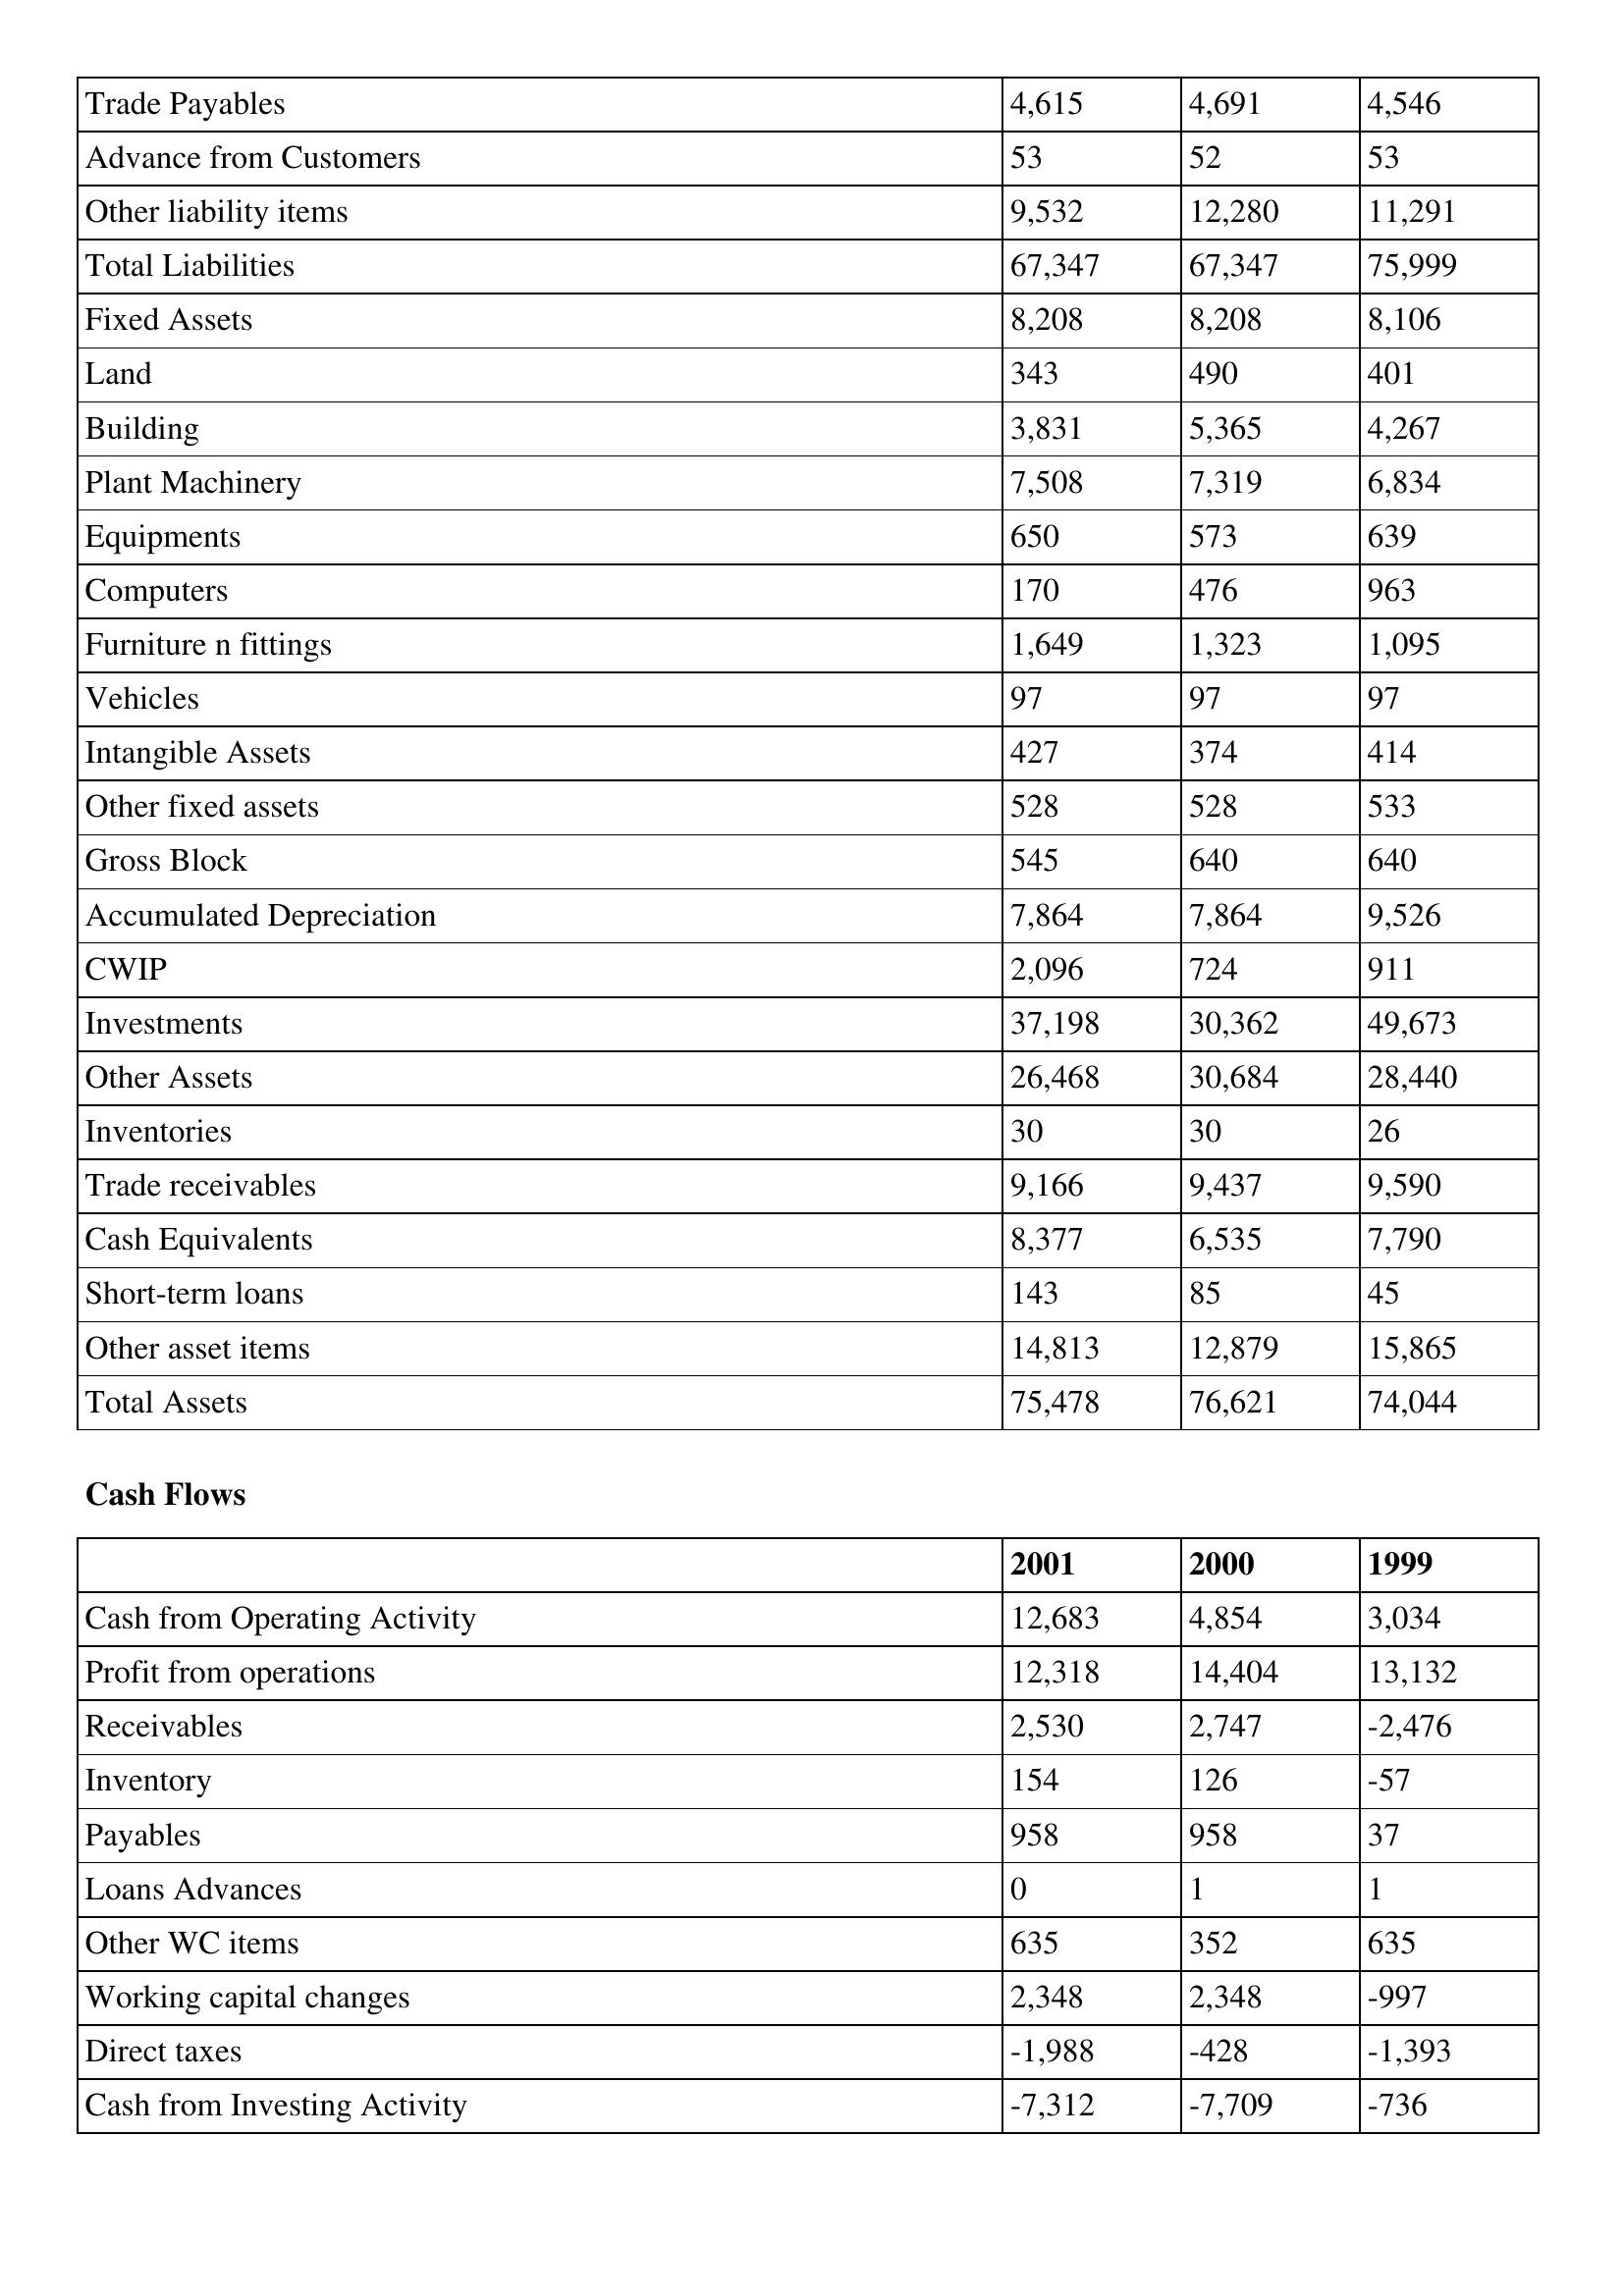
gt_parse: 2001: Balance Sheet: Trade Payables: 4,615
Advance from Customers: 53
Other liability items: 9,532
Total Liabilities: 67,347
Fixed Assets: 8,208
Land: 343
Building: 3,831
Plant Machinery: 7,508
Equipments: 650
Computers: 170
Furniture n fittings: 1,649
Vehicles: 97
Intangible Assets: 427
Other fixed assets: 528
Gross Block: 545
Accumulated Depreciation: 7,864
CWIP: 2,096
Investments: 37,198
Other Assets: 26,468
Inventories: 30
Trade receivables: 9,166
Cash Equivalents: 8,377
Short-term loans: 143
Other asset items: 14,813
Total Assets: 75,478
Cash Flows: Cash from Operating Activity: 12,683
Profit from operations: 12,318
Receivables: 2,530
Inventory: 154
Payables: 958
Loans Advances: 0
Other WC items: 635
Working capital changes: 2,348
Direct taxes: -1,988
Cash from Investing Activity: -7,312
2000: Balance Sheet: Trade Payables: 4,691
Advance from Customers: 52
Other liability items: 12,280
Total Liabilities: 67,347
Fixed Assets: 8,208
Land: 490
Building: 5,365
Plant Machinery: 7,319
Equipments: 573
Computers: 476
Furniture n fittings: 1,323
Vehicles: 97
Intangible Assets: 374
Other fixed assets: 528
Gross Block: 640
Accumulated Depreciation: 7,864
CWIP: 724
Investments: 30,362
Other Assets: 30,684
Inventories: 30
Trade receivables: 9,437
Cash Equivalents: 6,535
Short-term loans: 85
Other asset items: 12,879
Total Assets: 76,621
Cash Flows: Cash from Operating Activity: 4,854
Profit from operations: 14,404
Receivables: 2,747
Inventory: 126
Payables: 958
Loans Advances: 1
Other WC items: 352
Working capital changes: 2,348
Direct taxes: -428
Cash from Investing Activity: -7,709
1999: Balance Sheet: Trade Payables: 4,546
Advance from Customers: 53
Other liability items: 11,291
Total Liabilities: 75,999
Fixed Assets: 8,106
Land: 401
Building: 4,267
Plant Machinery: 6,834
Equipments: 639
Computers: 963
Furniture n fittings: 1,095
Vehicles: 97
Intangible Assets: 414
Other fixed assets: 533
Gross Block: 640
Accumulated Depreciation: 9,526
CWIP: 911
Investments: 49,673
Other Assets: 28,440
Inventories: 26
Trade receivables: 9,590
Cash Equivalents: 7,790
Short-term loans: 45
Other asset items: 15,865
Total Assets: 74,044
Cash Flows: Cash from Operating Activity: 3,034
Profit from operations: 13,132
Receivables: -2,476
Inventory: -57
Payables: 37
Loans Advances: 1
Other WC items: 635
Working capital changes: -997
Direct taxes: -1,393
Cash from Investing Activity: -736